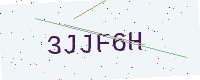
Text: 3JJF6H